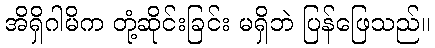
အိရှိဂါမိက တုံ့ဆိုင်းခြင်း မရှိဘဲ ပြန်ဖြေသည်။